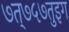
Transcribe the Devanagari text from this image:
७त्७५७तुइग